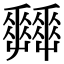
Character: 𡴬